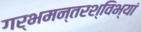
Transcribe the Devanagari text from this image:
गर्भमन्तरश्विभ्यां